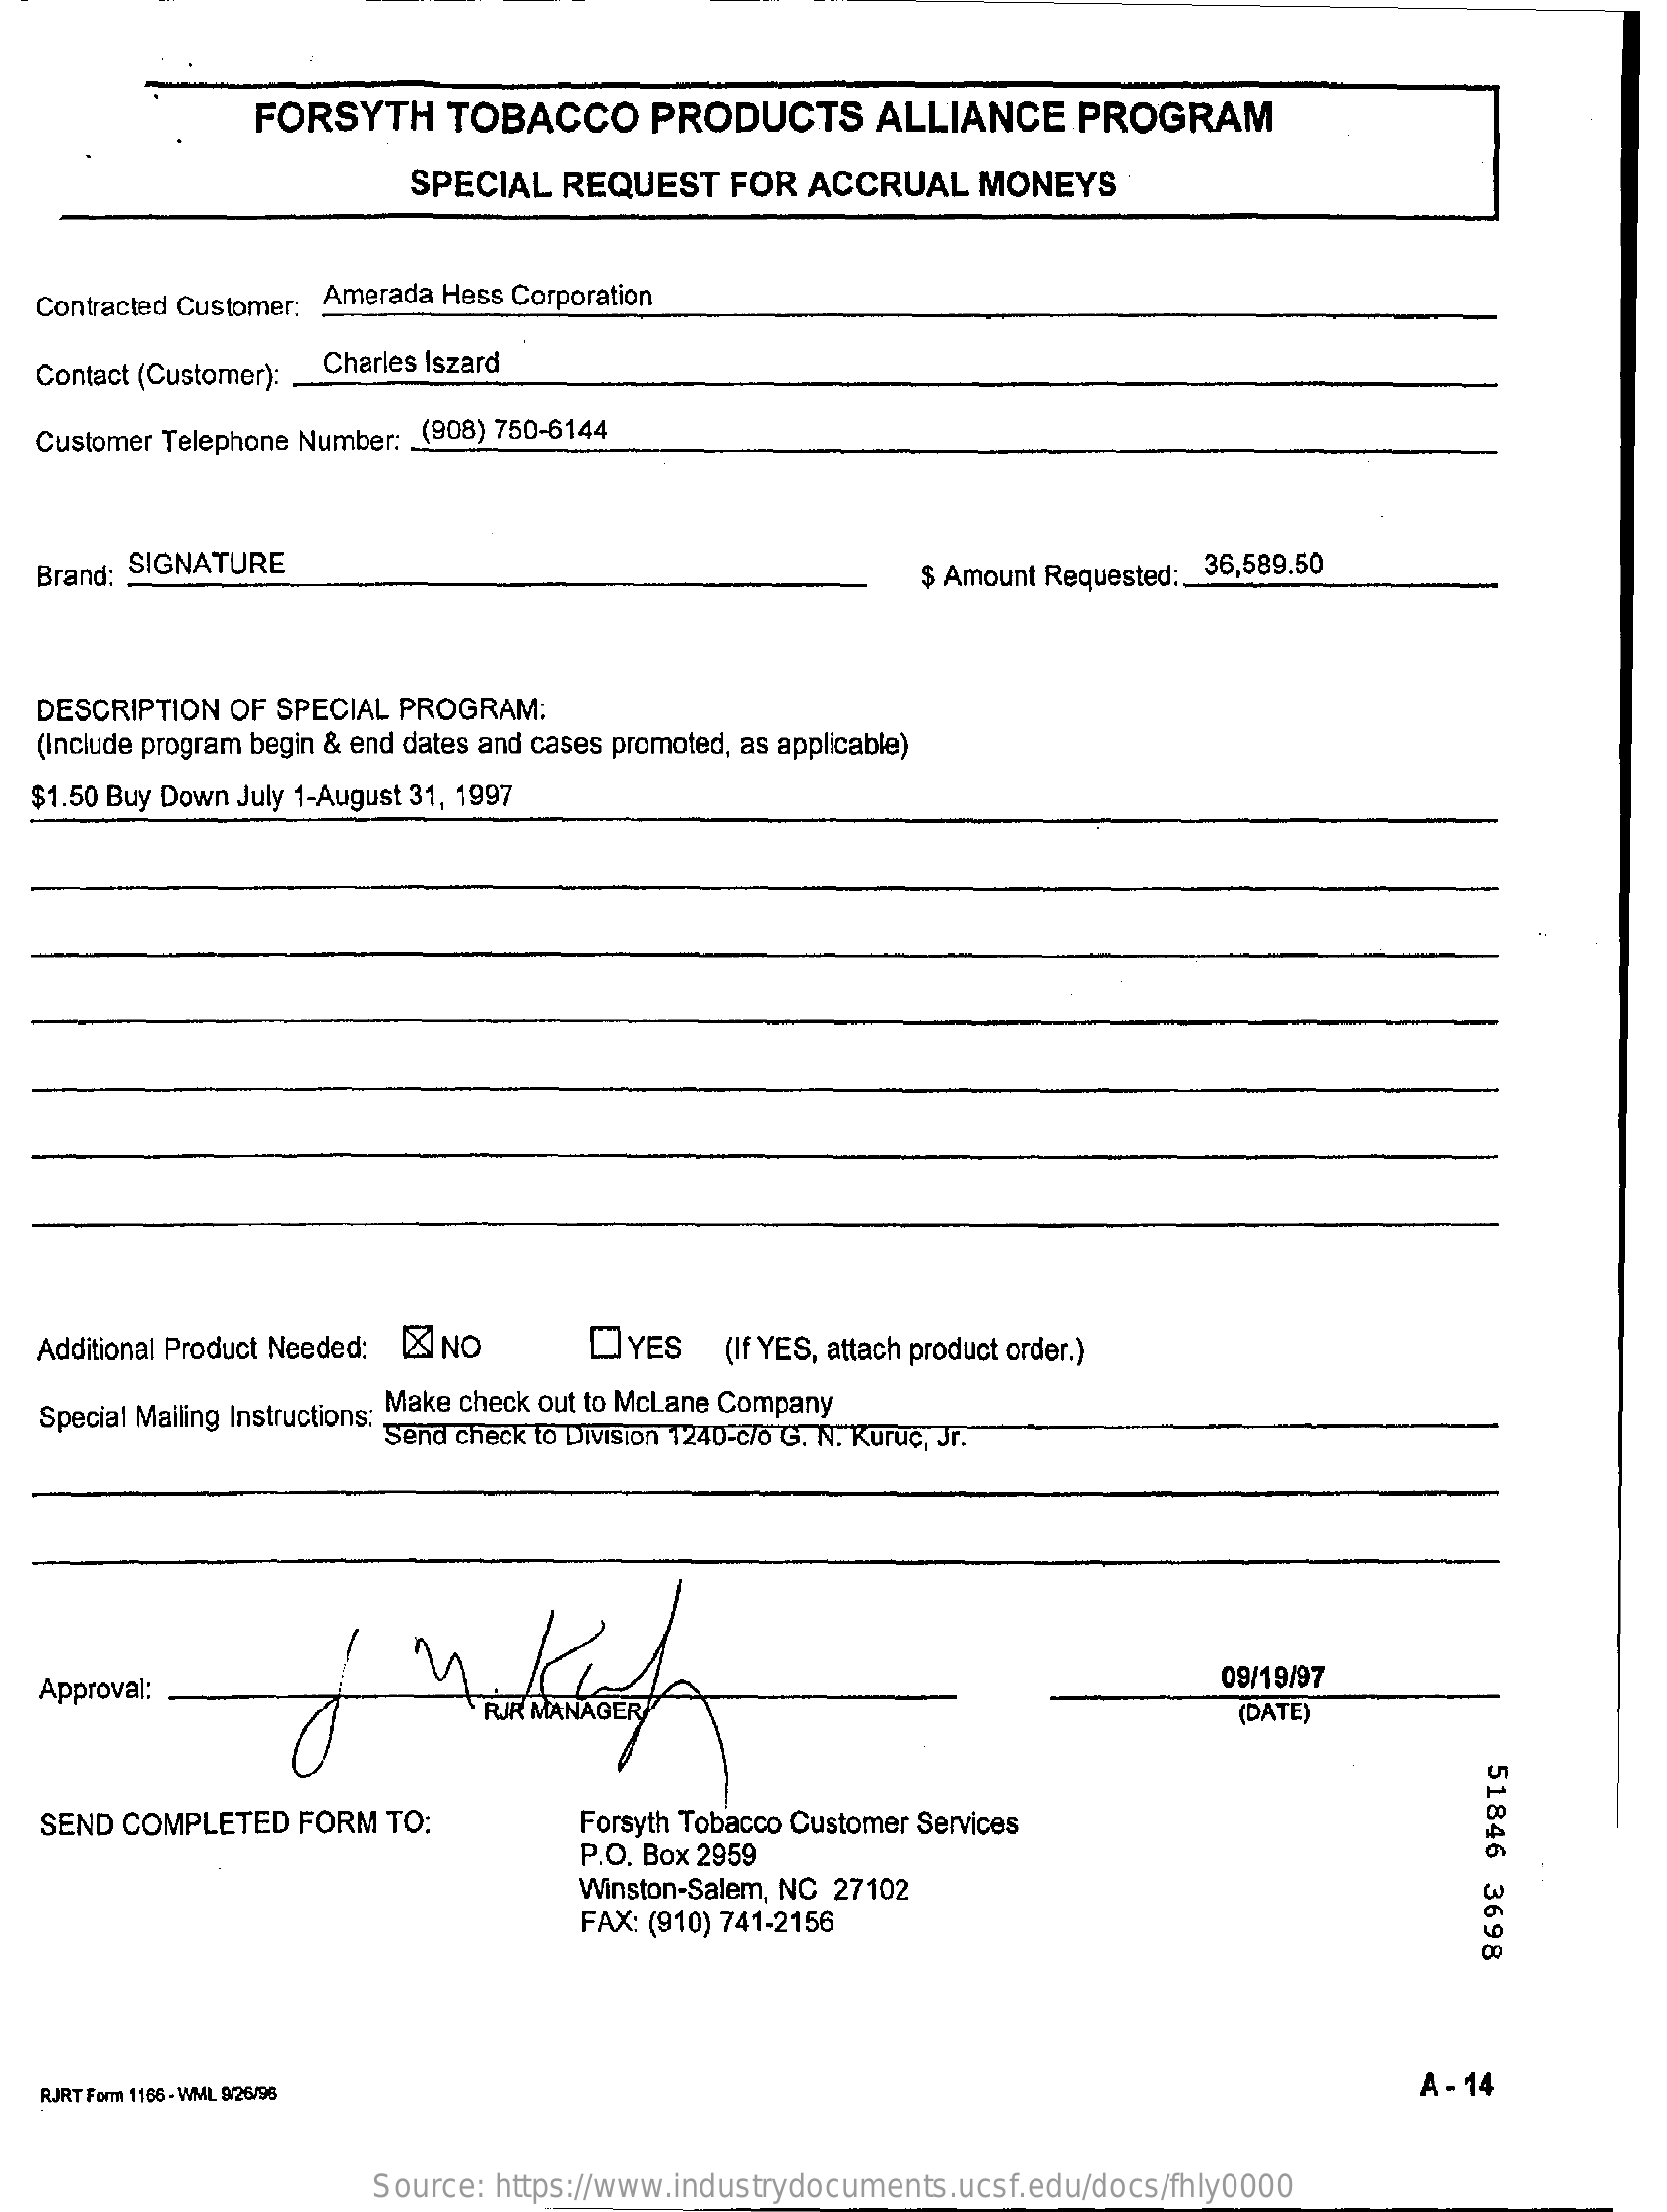
FORSYTH    TOBACCO    PRODUCTS    ALLIANCE    PROGRAM
     SPECIAL  REQUEST    FOR  ACCRUAL    MONEYS
  Contracted Customer; Amerada Hess Corporation
   Contact (Customer): Charles Iszard
  Customer Telephone Number: (908) 750-6144
   Brand: SIGNATURE    $ Amount Requested :_ 36,589.50
   DESCRIPTION OF SPECIAL PROGRAM:
   (Include program begin & end dates and cases promoted, as applicable)
  $1.50 Buy Down July 1-August 31, 1997
   Additional Product Needed; X] NO   DYES    (If YES, attach product order.)
   Special Mailing Instructions: Make check out to McLane Company
     Send check to Division 1240-c/o G. N. Kuruc, Jr.
   Approval:    09/19/97
     (DATE)
     51846
     3698
   SEND COMPLETED  FORM  TO:    Forsyth Tobacco Customer Services
     P.O. Box 2959
     Winston-Salem, NC 27102
     FAX: (910) 741-2156
   RJRT Fom 1165 - WML 8/26/96    A - 14
     Source: https://www.industrydocuments.ucsf.edu/docs/fhly0000